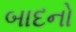
બાદનો